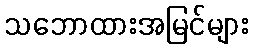
သဘောထားအမြင်များ